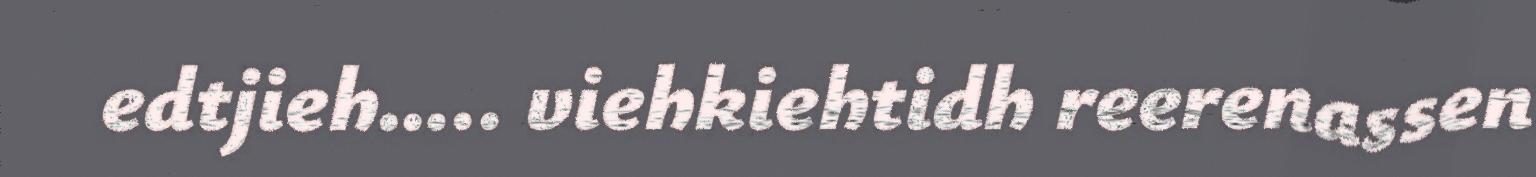
edtjieh….. viehkiehtidh reerenassen